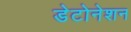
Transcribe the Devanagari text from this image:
डेटोनेशन